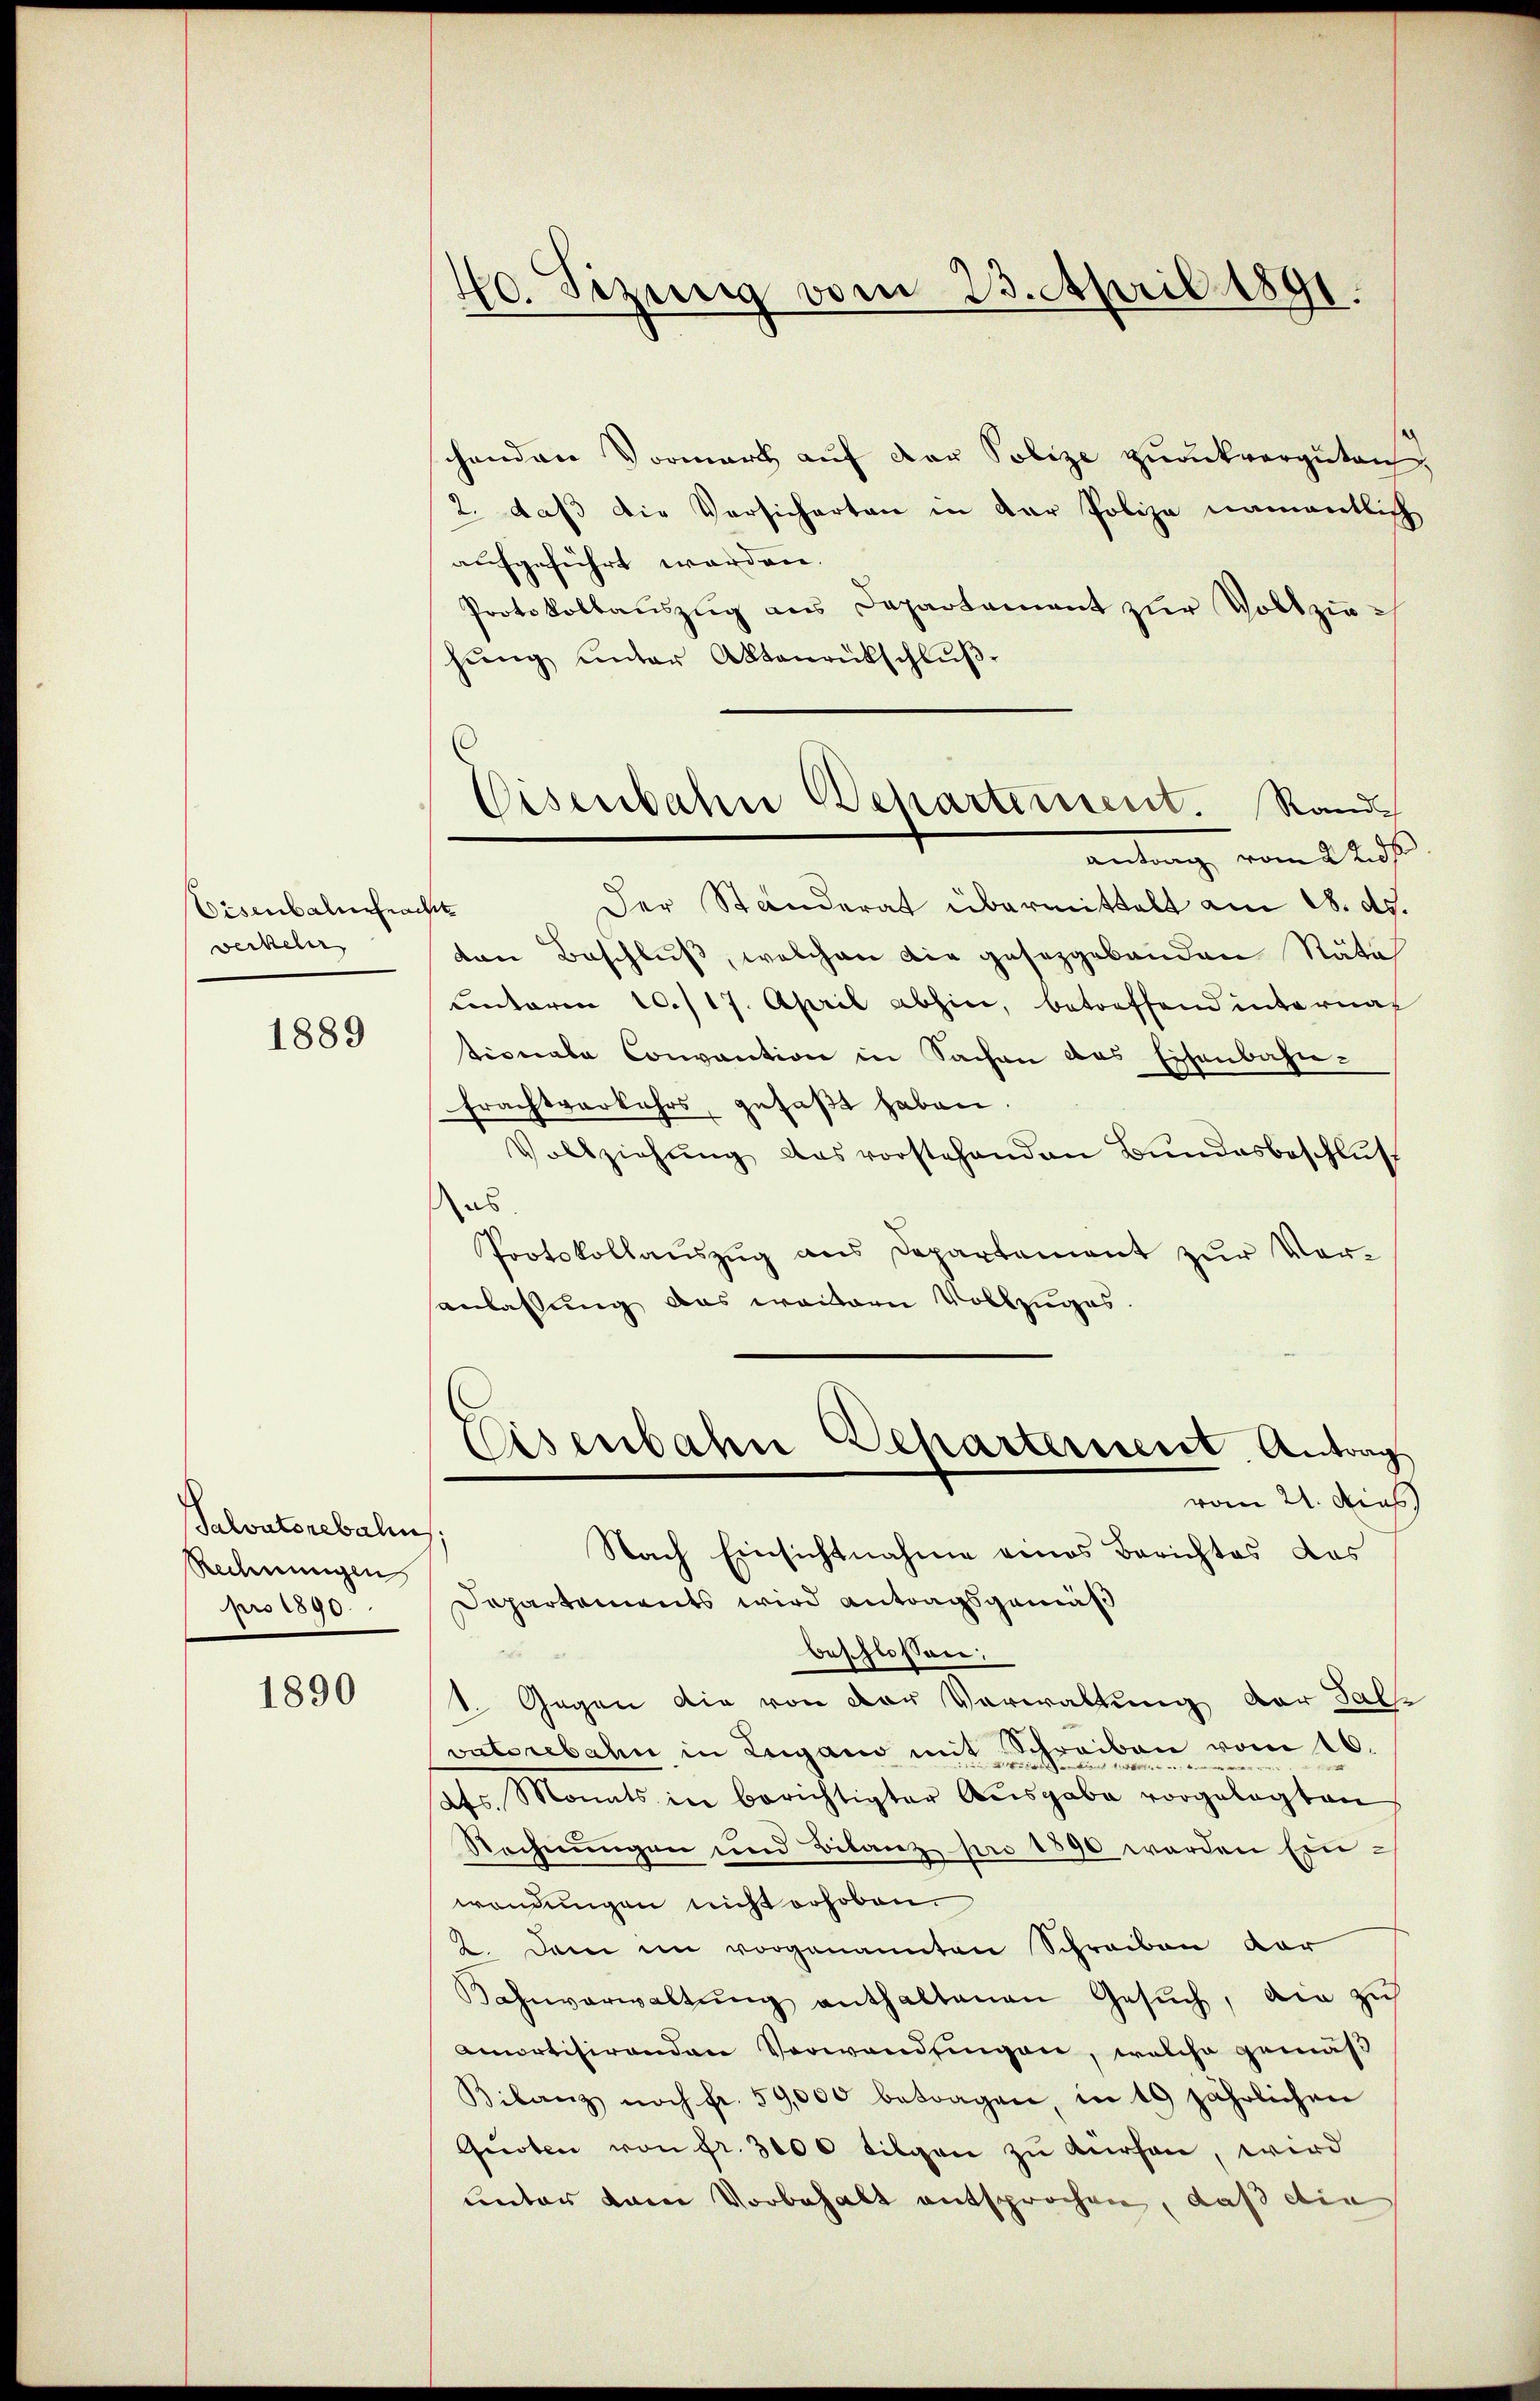
Eisenbalmfracht
weckeler

1889

Salvatorebalin
Rechnungen
pro 1890.

1890

chenden Vormerk aŭf der Polize zŭrückvergüten
2. daß die Versicherten in der Polize namentlich
aufgeführt werden.
Protokollaŭszŭg ans Departament zŭr Vollziehŭng ŭnter Aktenrückschlŭβ-
Der Standerat übermittelt am 18. ds.
ten Beschluß, welchen die gesetzgebenden Näth
unteren 10./17. April abhin, betreffend internah
tionale Convention in Sachen das Eisenbahn-
Frachtverkehrs, gefaßt haben.
Vollziehŭng das vorstehenden Bŭndesbeschlŭs
es
Protokollaŭszŭg ans Departement zŭr Ver-
anlassung das weitern Vollzuges.
Eisenbahn Beharternent Antrag
vom 21. dies
Nach Einsichtnahme eines Berichtes das
Departements wird antragsgemäß
beschlossen:
u
1. Gegen die von der Verwaltung der Fall
vatorebahn in Lugano mit Schreiben vom 16.
dts. Monats in berichtigter Ausgabe vorgelegten
Rechnungen und Bilanz pro 1890 werden Einwendungen nicht erhoben.
2. Den im vorgenannten Schreiben vor
Kahnverwaltŭng enthaltenen Gesŭch, ain zus
amortisirenden Verwandungen, welche gemäß
Bilanz noch fr. 59,000 betragen, in 10 jährlichen
Quoten von fr. 3000 tilgen zu Kurhaie, wird
unter kam Vorbehalt entsprochen, daß die

40. Sizung vom 23. April 1891.

Eisenbahn Behartement. Rande
antrag vom 2 t d